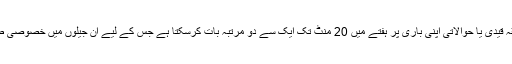
اس حوالے سے جیل انتظامیہ 1,2,3,4,5 کے حساب سے نمبر کی کوڈنگ نمبرنگ کردیتی ہے متعلقہ قیدی یا حوالاتی اپنی باری پر ہفتے میں 20 منٹ تک ایک سے دو مرتبہ بات کرسکتا ہے جس کے لیے ان جیلوں میں خصوصی طور پر آپریٹر سسٹم نصب کیا گیا ہے کہ جہاں پر قیدی و حوالاتی اپنے دئیے گئے پانچ نمبرپر کوڈ 1۔